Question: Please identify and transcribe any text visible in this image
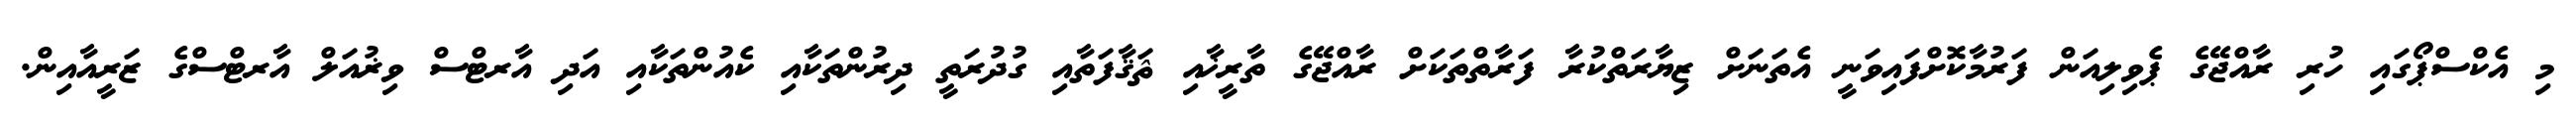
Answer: މި އެކްސްޕޯގައި ހުރި ރާއްޖޭގެ ޕެވިލިއަން ފަރުމާކޮށްފައިވަނީ އެތަނަށް ޒިޔާރަތްކުރާ ފަރާތްތަކަށް ރާއްޖޭގެ ތާރީޚާއި ޘަޤާފަތާއި ގުދުރަތީ ދިރުންތަކާއި ކެއުންތަކާއި އަދި އާރޓްސް ވިޜުއަލް އާރޓްސްގެ ޒަރީއާއިން.